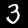
Label: 3